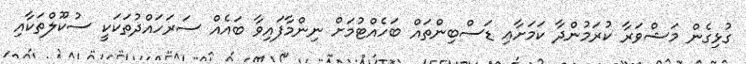
ގުޅިގެން މަޝްވަރާ ކުރަމުންދާ ކަަމަށާއި ޑަސްބިންތައް ބަހެއްޓުމަށް ނިންމާފައިވާ ބައެއް ސަރަހައްދުތަކަކީ ސުކޫލްތަކާއި